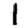
Digit: 1